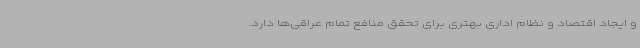
و ایجاد اقتصاد و نظام اداری بهتری برای تحقق منافع تمام عراقی‌ها دارد.